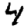
Digit: 4